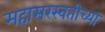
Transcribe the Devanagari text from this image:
महासरस्वतीच्या